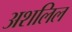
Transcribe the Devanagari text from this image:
अशलिल